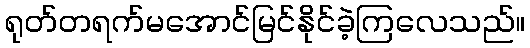
ရုတ်တရက်မအောင်မြင်နိုင်ခဲ့ကြလေသည်။